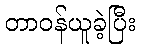
တာဝန်ယူခဲ့ပြီး